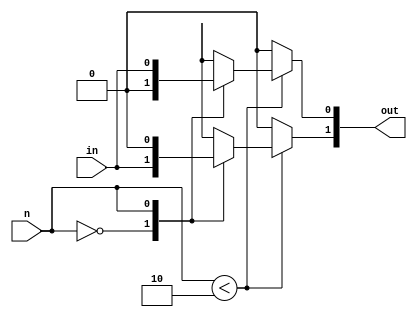
// **************
// * demux*
// **************
// .
// 
//       ()   ,  ,   .
// 
// =  =
// [] in [W       ]:  .
// [] n  [bits4(N)]:  .
//
// =  =
// [] out [W*N]:  .
//
// =  =
// [integer] W [1]:        .
// [integer] N [2]:      ;     2 .
// 
// =    =
// W >= 1
// N >= 1
// 
// =  =
//     N  chunk(k)  W:
//   out == {chunk(0), chunk(1), ..., chunk(N-1)}
//   ( ,      -      ).
// 
// * @ always:
//    0 <= n < N, 
//     chunk(n) <- in
//     k, 0 <= k < N, k != n:
//     chunk(k) <- 0
// 
// =   =
// wire [4:0] in;
// wire [1:0] sel;
// wire [4:0] out0, out1, out2;
// demux #(.W(5), .N(3)) _demux(in, sel, {out0, out1, out2});
// * sel == 0 => out0 == in, out1 == out2 == 0
// * sel == 1 => out1 == in, out0 == out2 == 0
// * sel == 2 => out2 == in, out0 == out1 == 0
// * sel == 3 => out0 == out1 == out2 == 0
// 
// =   =
//  
// 2018
module demux(in, n, out);
  parameter integer W = 1;
  parameter integer N = 2;
  localparam CW = (N == 1)
                  ? 1
                  : $clog2(N);
  input [W-1:0] in;
  input [CW-1:0] n;
  output [W*N-1:0] out;
  
  reg [W-1:0] chunk[0:N-1];
  
  always @(*)
  begin : demux_block
    integer k;
    for(k = 0; k < N; k = k + 1)
      chunk[k] = {{W{1'b0}}};
    if(n < N)
      chunk[n] = in;
  end
  
  generate
    genvar k;
    for(k = 0; k < N; k = k + 1)
    begin : assign_block
      assign out[W*(N-k)-1:W*(N-1-k)] = chunk[k];
    end
  endgenerate
endmodule